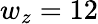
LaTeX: w_{z}=12